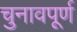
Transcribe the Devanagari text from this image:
चुनावपूर्ण